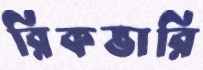
রিকভারি